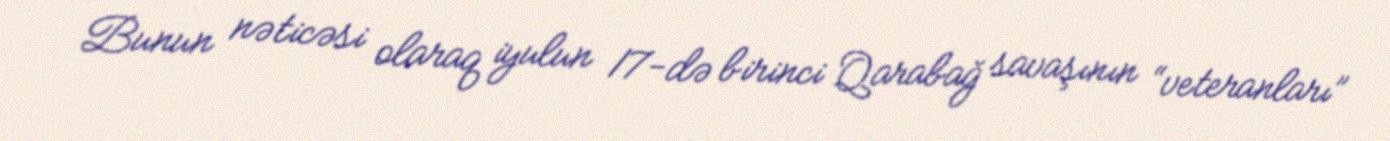
Bunun nəticəsi olaraq iyulun 17-də birinci Qarabağ savaşının “veteranları”